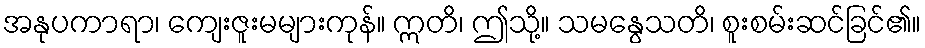
အနုပကာရာ၊ ကျေးဇူးမများကုန်။ ဣတိ၊ ဤသို့။ သမနွေသတိ၊ စူးစမ်းဆင်ခြင်၏။